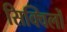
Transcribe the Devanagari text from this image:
सिक्विलों